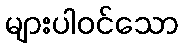
များပါဝင်သော